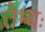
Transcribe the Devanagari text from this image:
तेभ्यः